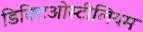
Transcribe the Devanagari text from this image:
डिक्टिओस्टीलियम